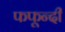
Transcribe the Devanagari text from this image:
फफून्दी